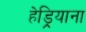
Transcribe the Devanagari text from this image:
हेड्रियाना